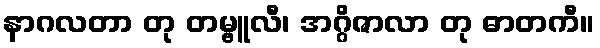
နာဂလတာ တု တမ္ဗူလီ၊ အဂ္ဂိဇာလာ တု ဓာတကီ။